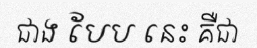
ជាង បែប នេះ គឺជា